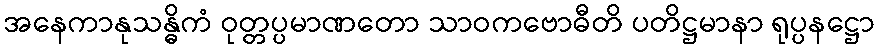
အနေကာနုသန္ဓိကံ ဝုတ္တပ္ပမာဏတော သာဝကဗောဓီတိ ပတိဋ္ဌမာနာ ရုပ္ပနဋ္ဌော